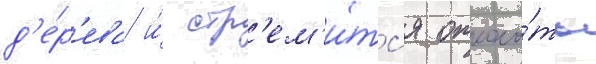
д'е́р'ева и́ стр'ем'и́тс'я отколо́ть